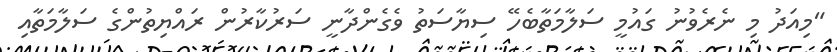
"މިއަދު މި ނެރެވުނު ގައުމީ ސަލާމަތާބެހޭ ސިޔާސަތު ވެގެންދާނީ ސަރުކާރުން ރައްޔިތުންގެ ސަލާމަތާއި